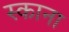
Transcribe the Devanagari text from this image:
स्काना